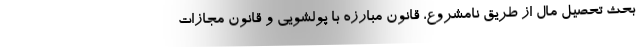
بحث تحصیل مال از طریق نامشروع، قانون مبارزه با پولشویی و قانون مجازات